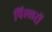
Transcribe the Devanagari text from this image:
पिल्लरों